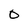
Character: O